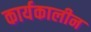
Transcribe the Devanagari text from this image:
कार्यकालीन